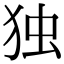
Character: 独